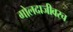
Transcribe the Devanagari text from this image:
गोलदाजीवरच